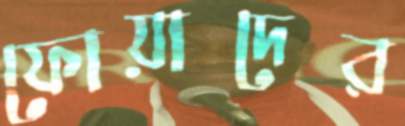
ফোয়াদের